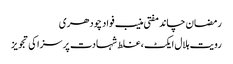
رمضان چاند مفتی منیب فواد چودھری
رویت ہلال ایکٹ ، غلط شہادت پر سزا کی تجویز